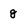
Character: g